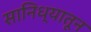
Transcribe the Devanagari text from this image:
सानिध्यातून